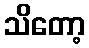
သိတော့